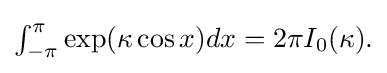
{\textstyle \int _{-\pi }^{\pi }\exp(\kappa \cos x)dx={2\pi I_{0}(\kappa )}.}